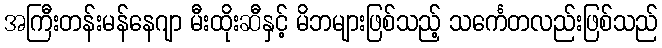
အကြီးတန်းမန်နေဂျာ မီးထိုးဆီနှင့် မိဘများဖြစ်သည့် သင်္ကေတလည်းဖြစ်သည်